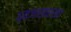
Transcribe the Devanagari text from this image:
ध्वजासारखा